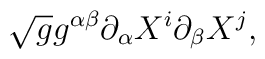
\sqrt{g} g^{\alpha\beta}\partial_\alpha X^i \partial_\beta X^j,